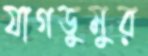
যাগডুমুর